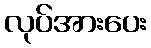
လုပ်အားပေး